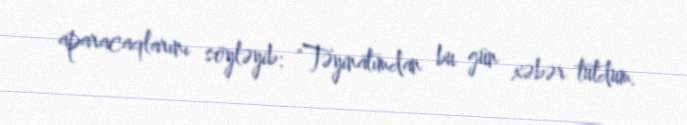
aparacaqlarını söyləyib: "Təyinatımdan bu gün xəbər tutdum.